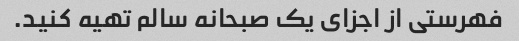
فهرستی از اجزای یک صبحانه سالم تهیه کنید.